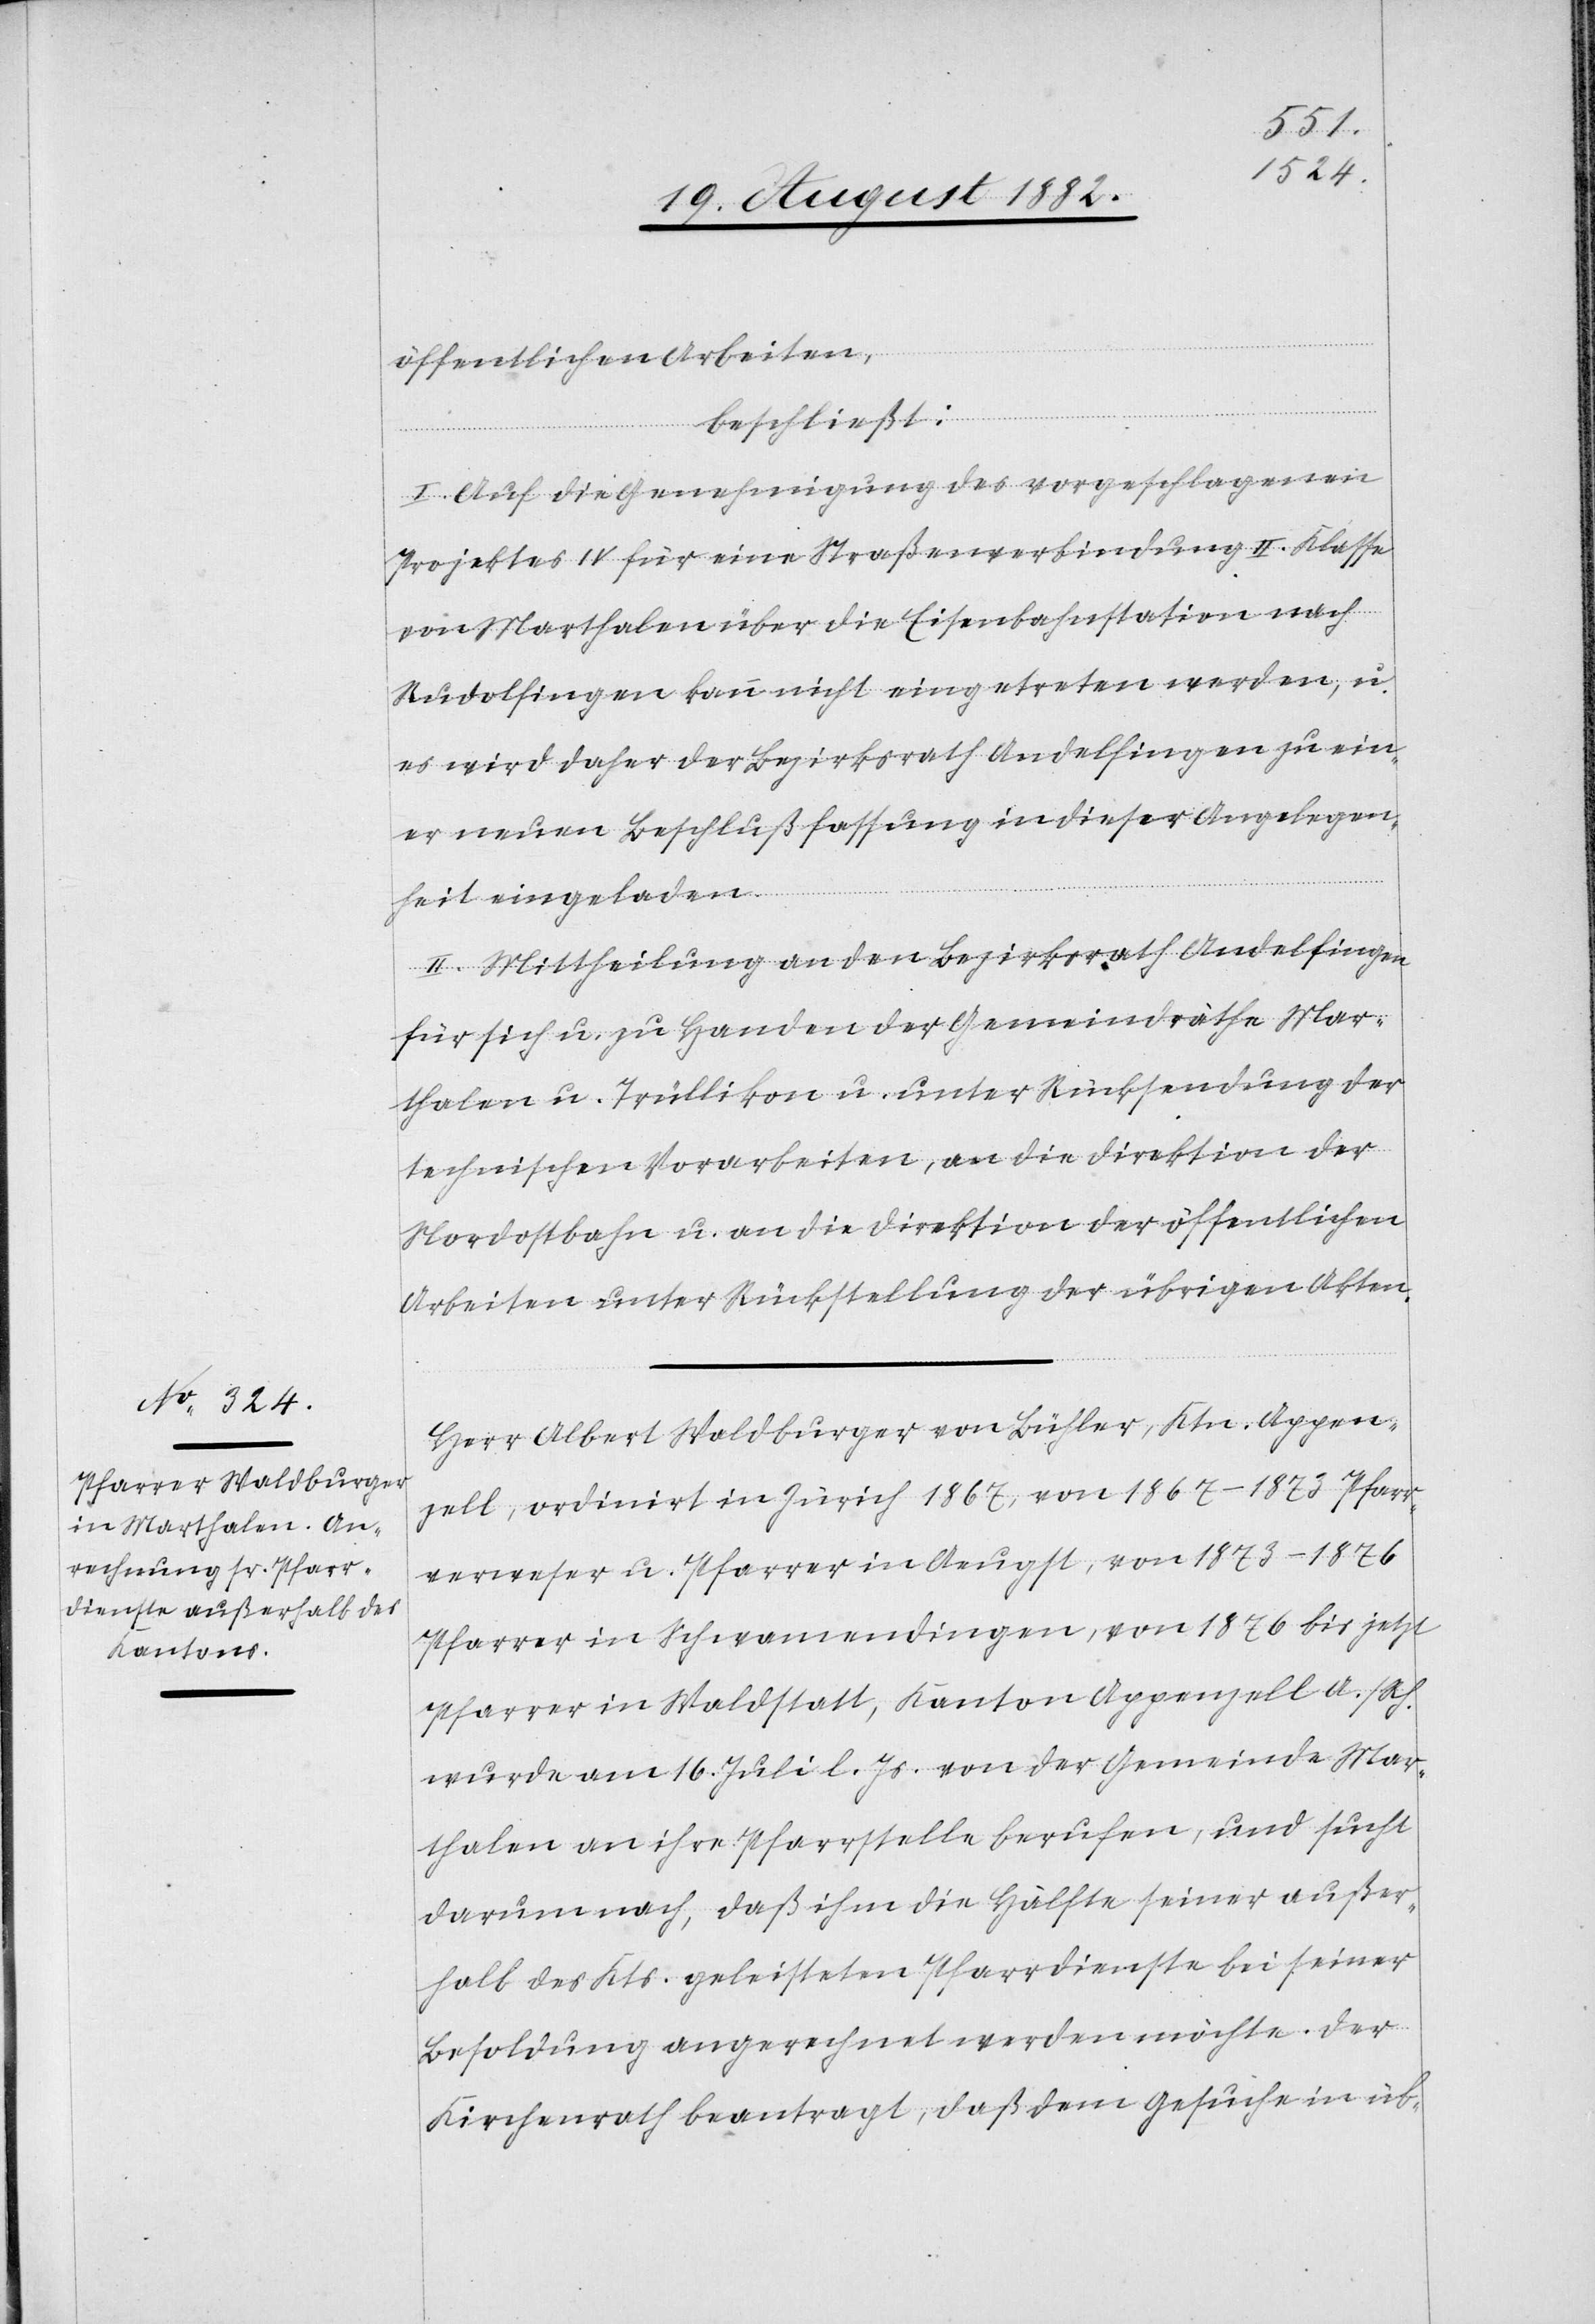
öffentlichen Arbeiten,
beschließt:
I. Auf die Genehmigung des vorgeschlagenen
Projektes IV für eine Straßenverbindung II. Klasse
von Marthalen über die Eisenbahnstation nach
Rudolfingen kann nicht eingetreten werden, u.
es wird daher der Bezirksrath Andelfingen zu ein¬
er neuen Beschlußfassung in dieser Angelegen¬
heit eingeladen.
II. Mittheilung an den Bezirksrath Andelfingen
für sich u. zu Handen der Gemeindräthe Mar¬
thalen u. Trüllikon u. unter Rücksendung der
technischen Vorarbeiten, an die Direktion der
Nordostbahn u. an die Direktion der öffentlichen
Arbeiten unter Rückstellung der übrigen Akten.
Herr Albert Waldburger von Bühler, Ktn. Appen¬
zell, ordinirt in Zürich 1867 von 1867–1873 Pfarr¬
verweser u. Pfarrer in Aeugst, von 1873–1876
Pfarrer in Schwamendingen, von 1876 bis jetzt
Pfarrer in Waldstatt, Kanton Appenzell A./Rh.
wurde am 16. Juli l. Js. von der Gemeinde Mar¬
thalen an ihre Pfarrstelle berufen, und sucht
darum nach, daß ihm die Hälfte seiner außer¬
halb des Kts. geleisteten Pfarrdienste bei seiner
Besoldung angerechnet werden möchte. Der
Kirchenrath beantragt, daß dem Gesuche in üb-